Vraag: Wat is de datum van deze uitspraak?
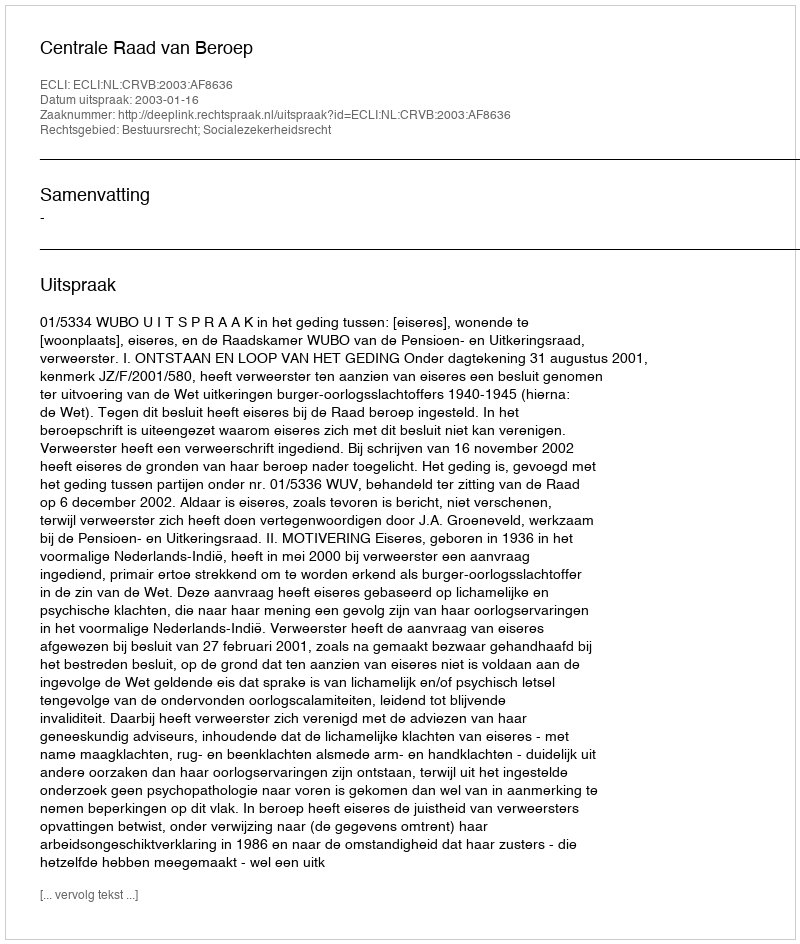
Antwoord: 2003-01-16